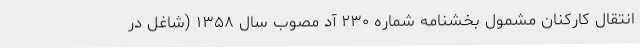
انتقال کارکنان مشمول بخشنامه شماره ۲۳۰ آد مصوب سال ۱۳۵۸ (شاغل در